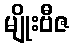
မျိုးဗီဇ